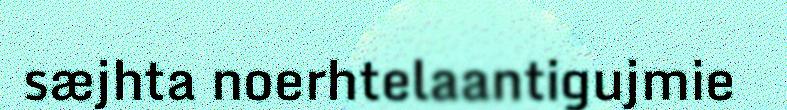
sæjhta noerhtelaantigujmie